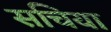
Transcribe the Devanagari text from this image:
सचिया